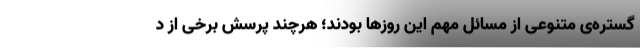
گستره‌ی متنوعی از مسائل مهم این روزها بودند؛ هرچند پرسش برخی از د